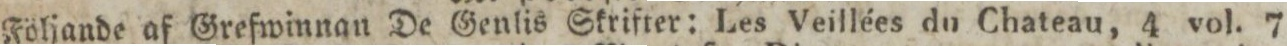
Följande af Grefwinnan De Genlis Skrifter: Les Veillées du Chateau, 4 vol. 7